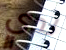
لدي